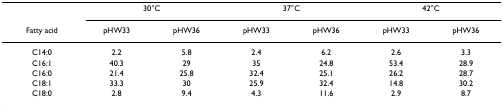
|  | <COLSPAN=2> 30°C | <COLSPAN=2> 37°C | <COLSPAN=2> 42°C |
 | Fatty acid | pHW33 | pHW36 | pHW33 | pHW36 | pHW33 | pHW36 |
 | --- | --- | --- | --- | --- | --- | --- |
 | C14:0 | 2.2 | 5.8 | 2.4 | 6.2 | 2.6 | 3.3 |
 | C16:1 | 40.3 | 29 | 35 | 24.8 | 53.4 | 28.9 |
 | C16:0 | 21.4 | 25.8 | 32.4 | 25.1 | 26.2 | 28.7 |
 | C18:1 | 33.3 | 30 | 25.9 | 32.4 | 14.8 | 30.2 |
 | C18:0 | 2.8 | 9.4 | 4.3 | 11.6 | 2.9 | 8.7 |